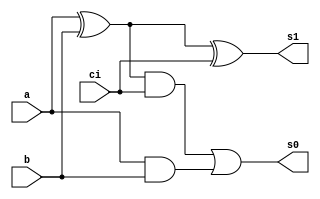
// -------------------------
// Exemplo0021  FULL ADDER
// Nome: Jenifer Henrique
// -------------------------
// -------------------------
//  full adder
// -------------------------

module fullAdder (output s1, output s0, input a, input b,  input ci);
       wire x,y,z;
       xor XOR1(x,a,b);
       and AND1(y,a,b);
       xor XOR2(s1,x,ci);
       and AND2(z,x,ci);
       or OR2(s0,z,y);
endmodule // fullAdder

module halfAdder (output s1, output s0, input a, input b);
       xor XOR1(s1, a, b);
       and AND1(s0, a, b);
endmodule

module halfSub (output s1, output s0, input a, input b);
       xor XOR1(s1, a, b);
       and AND1(s0, ~ a, b);
endmodule

module fullSub (output s1, output s0, input a, input b, input ci);
       wire x,y,z,k1,k2;
       xor XOR1(x,a,b);
       not NOT1(k1,a);
       and AND1(y,k1,b);
       xor XOR2(s1,x,ci);
       not NOT2(k2,x);
       and AND2(z,k2,ci);
       or  OR1 (s0,y,z);
endmodule
/*
module test__fullAdder;
// ------------------------- definir dados
reg x;
reg y;
reg carry;
wire [1:0] s;

fullSub FA1 (s[1], s[0], x, y, carry);
// ------------------------- parte principal
initial begin
$display("Exemplo0021 - Jenifer Henrique - 427420");
$display("Test ALUs full adder");

x = 0; y = 0; carry = 0;
$display("A | B | C | Resultado");
$monitor("%2b %2b %2b = %3b", x, y, carry, s);

#1 x = 0;     y = 0;    carry = 1;
#1 x = 0;     y = 1;    carry = 0;
#1 x = 0;     y = 1;    carry = 1;
#1 x = 1;     y = 0;    carry = 0;
#1 x = 1;     y = 0;    carry = 1;
#1 x = 1;     y = 1;    carry = 0;
#1 x = 1;     y = 1;    carry = 1;

// projetar testes do somador complete

end
endmodule // test_fullAdder
*/